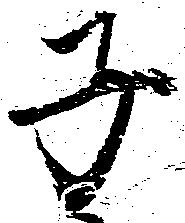
子